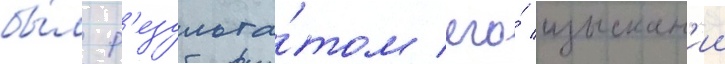
бы́л р'езульта́том его́ изыскан'ии